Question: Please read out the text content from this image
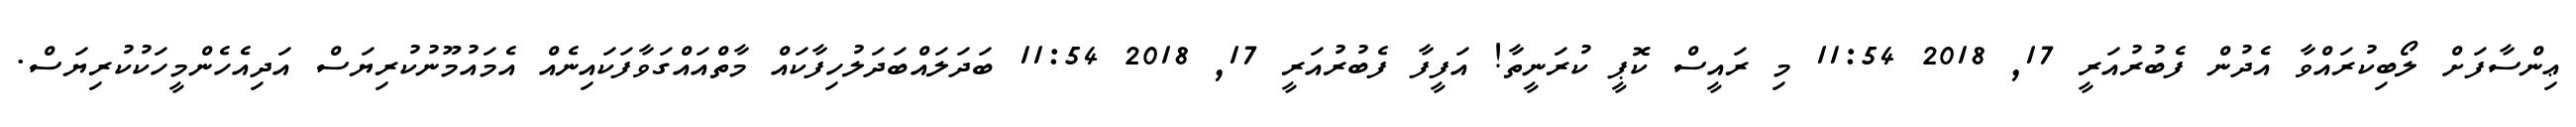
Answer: ޢިންސާފަށް ލޯބިކުރައްވާ އެދުން ފެބުރުއަރީ 17, 2018 11:54 މި ރައީސް ކޮޕީ ކުރަނީތާ! އަފީފާ ފެބުރުއަރީ 17, 2018 11:54 ބަދަލައްބަދަލުހިފާކައް މާތްއައްގަވާފަކައިނެއް އެމައުމޫނުކުރިޔަސް އަދިއެހެންމީހަކުކުރިޔަސް.